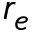
r _ { e }